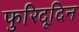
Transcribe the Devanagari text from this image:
फुरिदूदिन